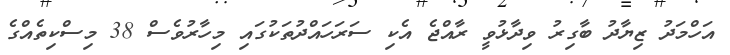
އަހްމަދު ޒިޔާދު ބާގިރު ވިދާޅުވީ ރާއްޖެ އެކި ސަރަހައްދުތަކުގައި މިހާރުވެސް 38 މިސްކިތެއްގެ